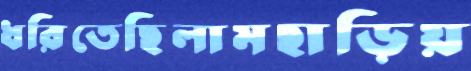
ধরিতেছিলামছাড়িয়